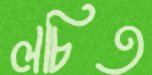
লচিত